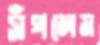
সঁপলেম